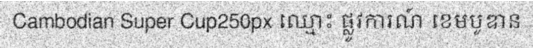
Cambodian Super Cup250px ឈ្មោះ ផ្លូវការណ៍ ខេមបូឌាន